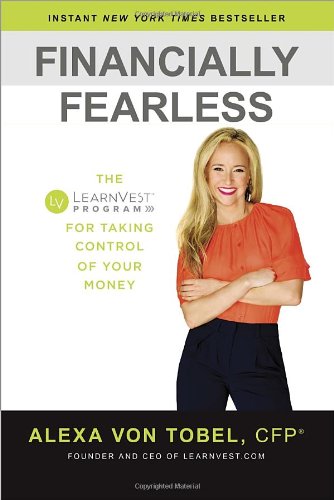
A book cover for Financially Fearless: The LearnVest Program for Taking Control of Your Money; Alexa von Tobel; Business & Money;